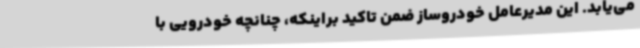
می‌یابد. این مدیرعامل خودروساز ضمن تاکید براینکه، چنانچه خودرویی با